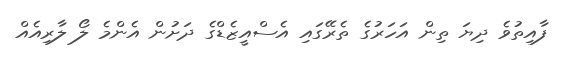
ފާއިތުވެ ދިޔަ ތިން އަހަރުގެ ތެރޭގައި އެސްއީޒެޑްގެ ދަށުން އެންމެ ލޯ ލާރިއެއް